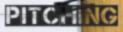
PITCHING